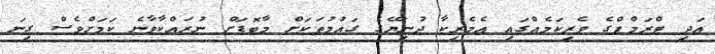
އަދި ޓްރަމްޕްގެ ވެރިކަމެއްގައި އެމެރިކާ ދުނިޔޭގެ ގައުމުތަކަށް މާބޮޑަށް ނުރައްކާވާނެ ކަމަށްވެސް ގިނަ